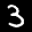
Label: 3